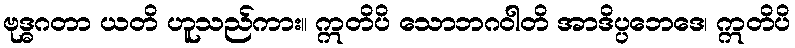
ဗုဒ္ဓဂတာ ယတိ ဟူသည်ကား။ ဣတိပိ သောဘဂဝါတိ အာဒိပ္ပဘေဒေ၊ ဣတိပိ